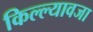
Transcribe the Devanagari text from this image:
किल्ल्यावजा